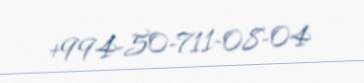
+994-50-711-08-04